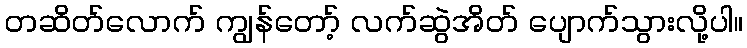
တဆိတ်လောက် ကျွန်တော့် လက်ဆွဲအိတ် ပျောက်သွားလို့ပါ။